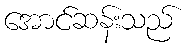
အောင်ဆန်းသည်